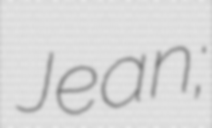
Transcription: Jean;